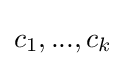
c_{1},...,c_{k}